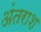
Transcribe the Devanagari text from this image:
अंतराश